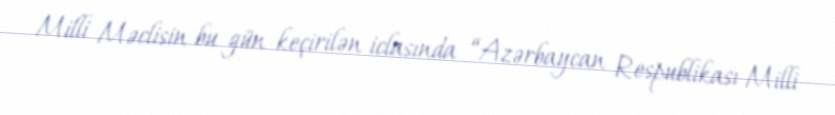
Milli Məclisin bu gün keçirilən iclasında “Azərbaycan Respublikası Milli